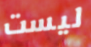
ليست